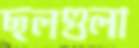
ছলগুলা